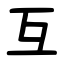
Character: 互